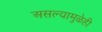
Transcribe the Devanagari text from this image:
असल्यामुळेही